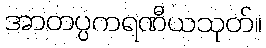
အာတပ္ပကရဏီယသုတ်။